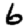
Digit: 6